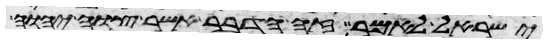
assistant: ישראל לאמר זה הדבר אשר צוה יהוה